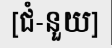
[ជំ-នួយ]